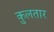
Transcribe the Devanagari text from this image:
कुलतार